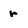
Character: r